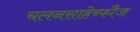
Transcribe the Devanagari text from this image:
चलनसाहेब्फौज